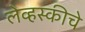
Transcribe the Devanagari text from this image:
लेव्हस्कीचे